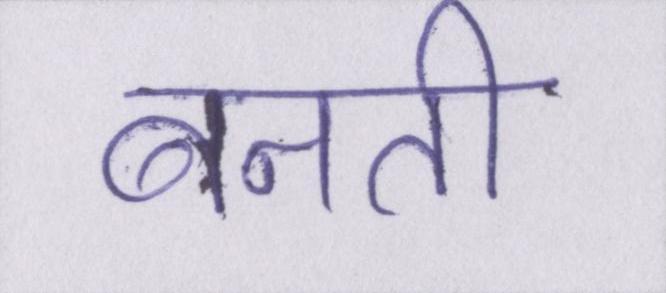
बनती